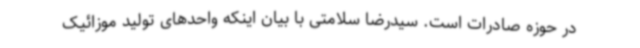
در حوزه صادرات است. سیدرضا سلامتی با بیان اینکه واحدهای تولید موزائیک